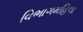
વિભાગમહિલા